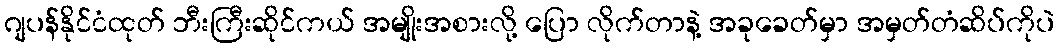
ဂျပန်နိုင်ငံထုတ် ဘီးကြီးဆိုင်ကယ် အမျိုးအစားလို့ ပြော လိုက်တာနဲ့ အခုခေတ်မှာ အမှတ်တံဆိပ်ကိုပဲ